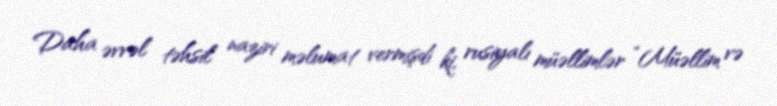
Daha əvvəl təhsil naziri məlumat vermişdi ki, rusiyalı müəllimlər “Müəllim və